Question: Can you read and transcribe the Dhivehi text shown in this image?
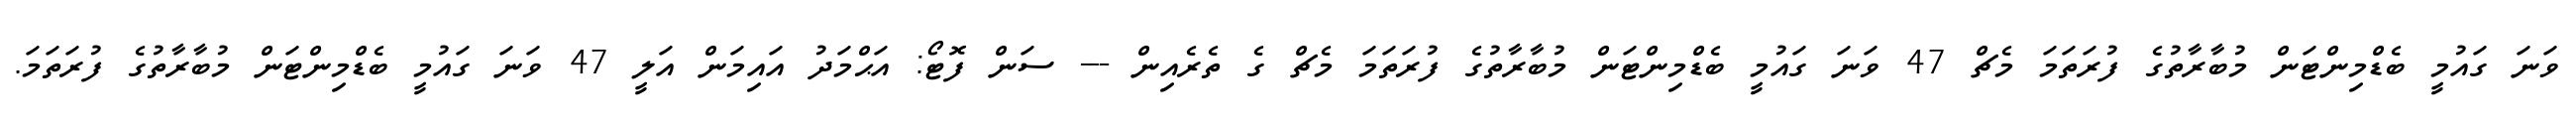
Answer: ވަނަ ގައުމީ ބެޑްމިންޓަން މުބާރާތުގެ ފުރަތަމަ މެޗް 47 ވަނަ ގައުމީ ބެޑްމިންޓަން މުބާރާތުގެ ފުރަތަމަ މެޗް ގެ ތެރެއިން --- ސަން ފޮޓޯ: އަޙްމަދު އައިމަން އަލީ 47 ވަނަ ގައުމީ ބެޑްމިންޓަން މުބާރާތުގެ ފުރަތަމަ.